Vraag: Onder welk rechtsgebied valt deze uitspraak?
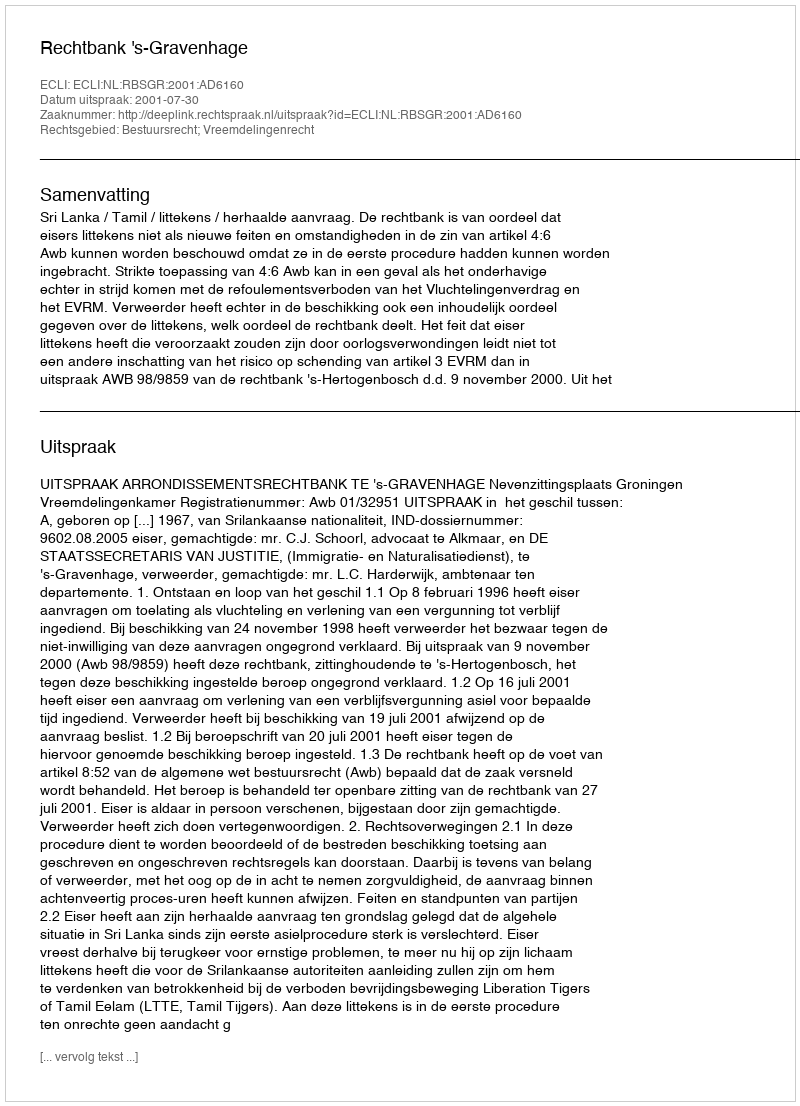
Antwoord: Bestuursrecht; Vreemdelingenrecht